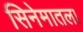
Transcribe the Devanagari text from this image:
सिनेमातला